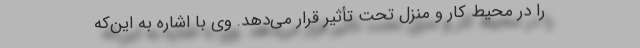
را در محیط کار و منزل تحت تأثیر قرار می‌دهد. وی با اشاره به این‌که